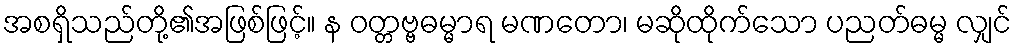
အစရှိသည်တို့၏အဖြစ်ဖြင့်။ န ဝတ္တဗ္ဗဓမ္မာရ မဏတော၊ မဆိုထိုက်သော ပညတ်ဓမ္မ လျှင်